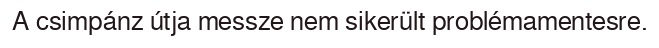
A csimpánz útja messze nem sikerült problémamentesre.